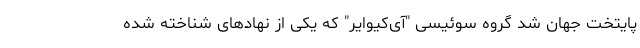
پایتخت جهان شد گروه سوئیسی "آی‌کیوایر" که یکی از نهادهای شناخته شده